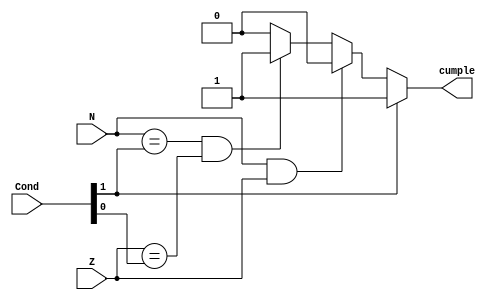
module ConditionChecker(
	input [1:0]Cond,
	input N,
	input Z,
	
	output wire cumple
);


assign  cumple = ((Cond[1]& Cond[1])) 			? 1'b1:   //condicion no importa
						(N & Z) 							? 1'b0:   //negativo y cero (nunca pasa)
					  (N == Cond[1] & Z==Cond[0]) ? 1'b1:   // cumple la condicion
					  1'b0 ;


endmodule